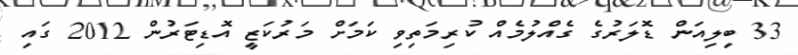
33 ބިލިއަން ޑޮލަރުގެ ގެއްލުމެއް ކުރިމަތިވި ކަމަށް މަރުކަޒީ އޮޑިޓަރުން 2012 ގައި